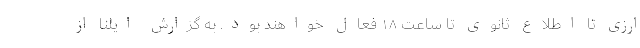
ارزی تا اطلاع ثانوی تا ساعت ۱۸ فعال خواهند بود. به گزارش ایلنا از